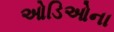
ઓડિઓના